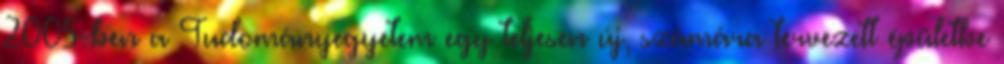
2005-ben a Tudományegyetem egy teljesen új, számára tervezett épületbe